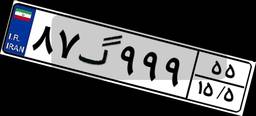
۸۱گ۰۷۲۵۰